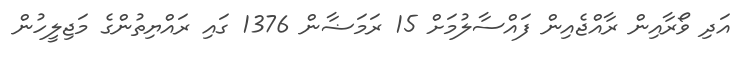
އަދި ވޯރާއިން ރާއްޖެއިން ފައްސާލުމަށް 15 ރަމަޟާން 1376 ގައި ރައްޔިތުންގެ މަޖިލީހުން